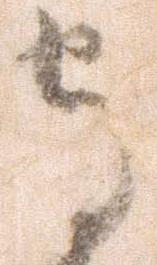
守